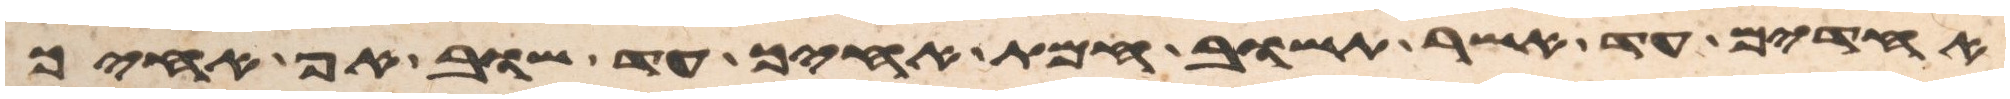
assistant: אחדים עד אשר תשוב חמת אחיך עד שוב אף אחיך